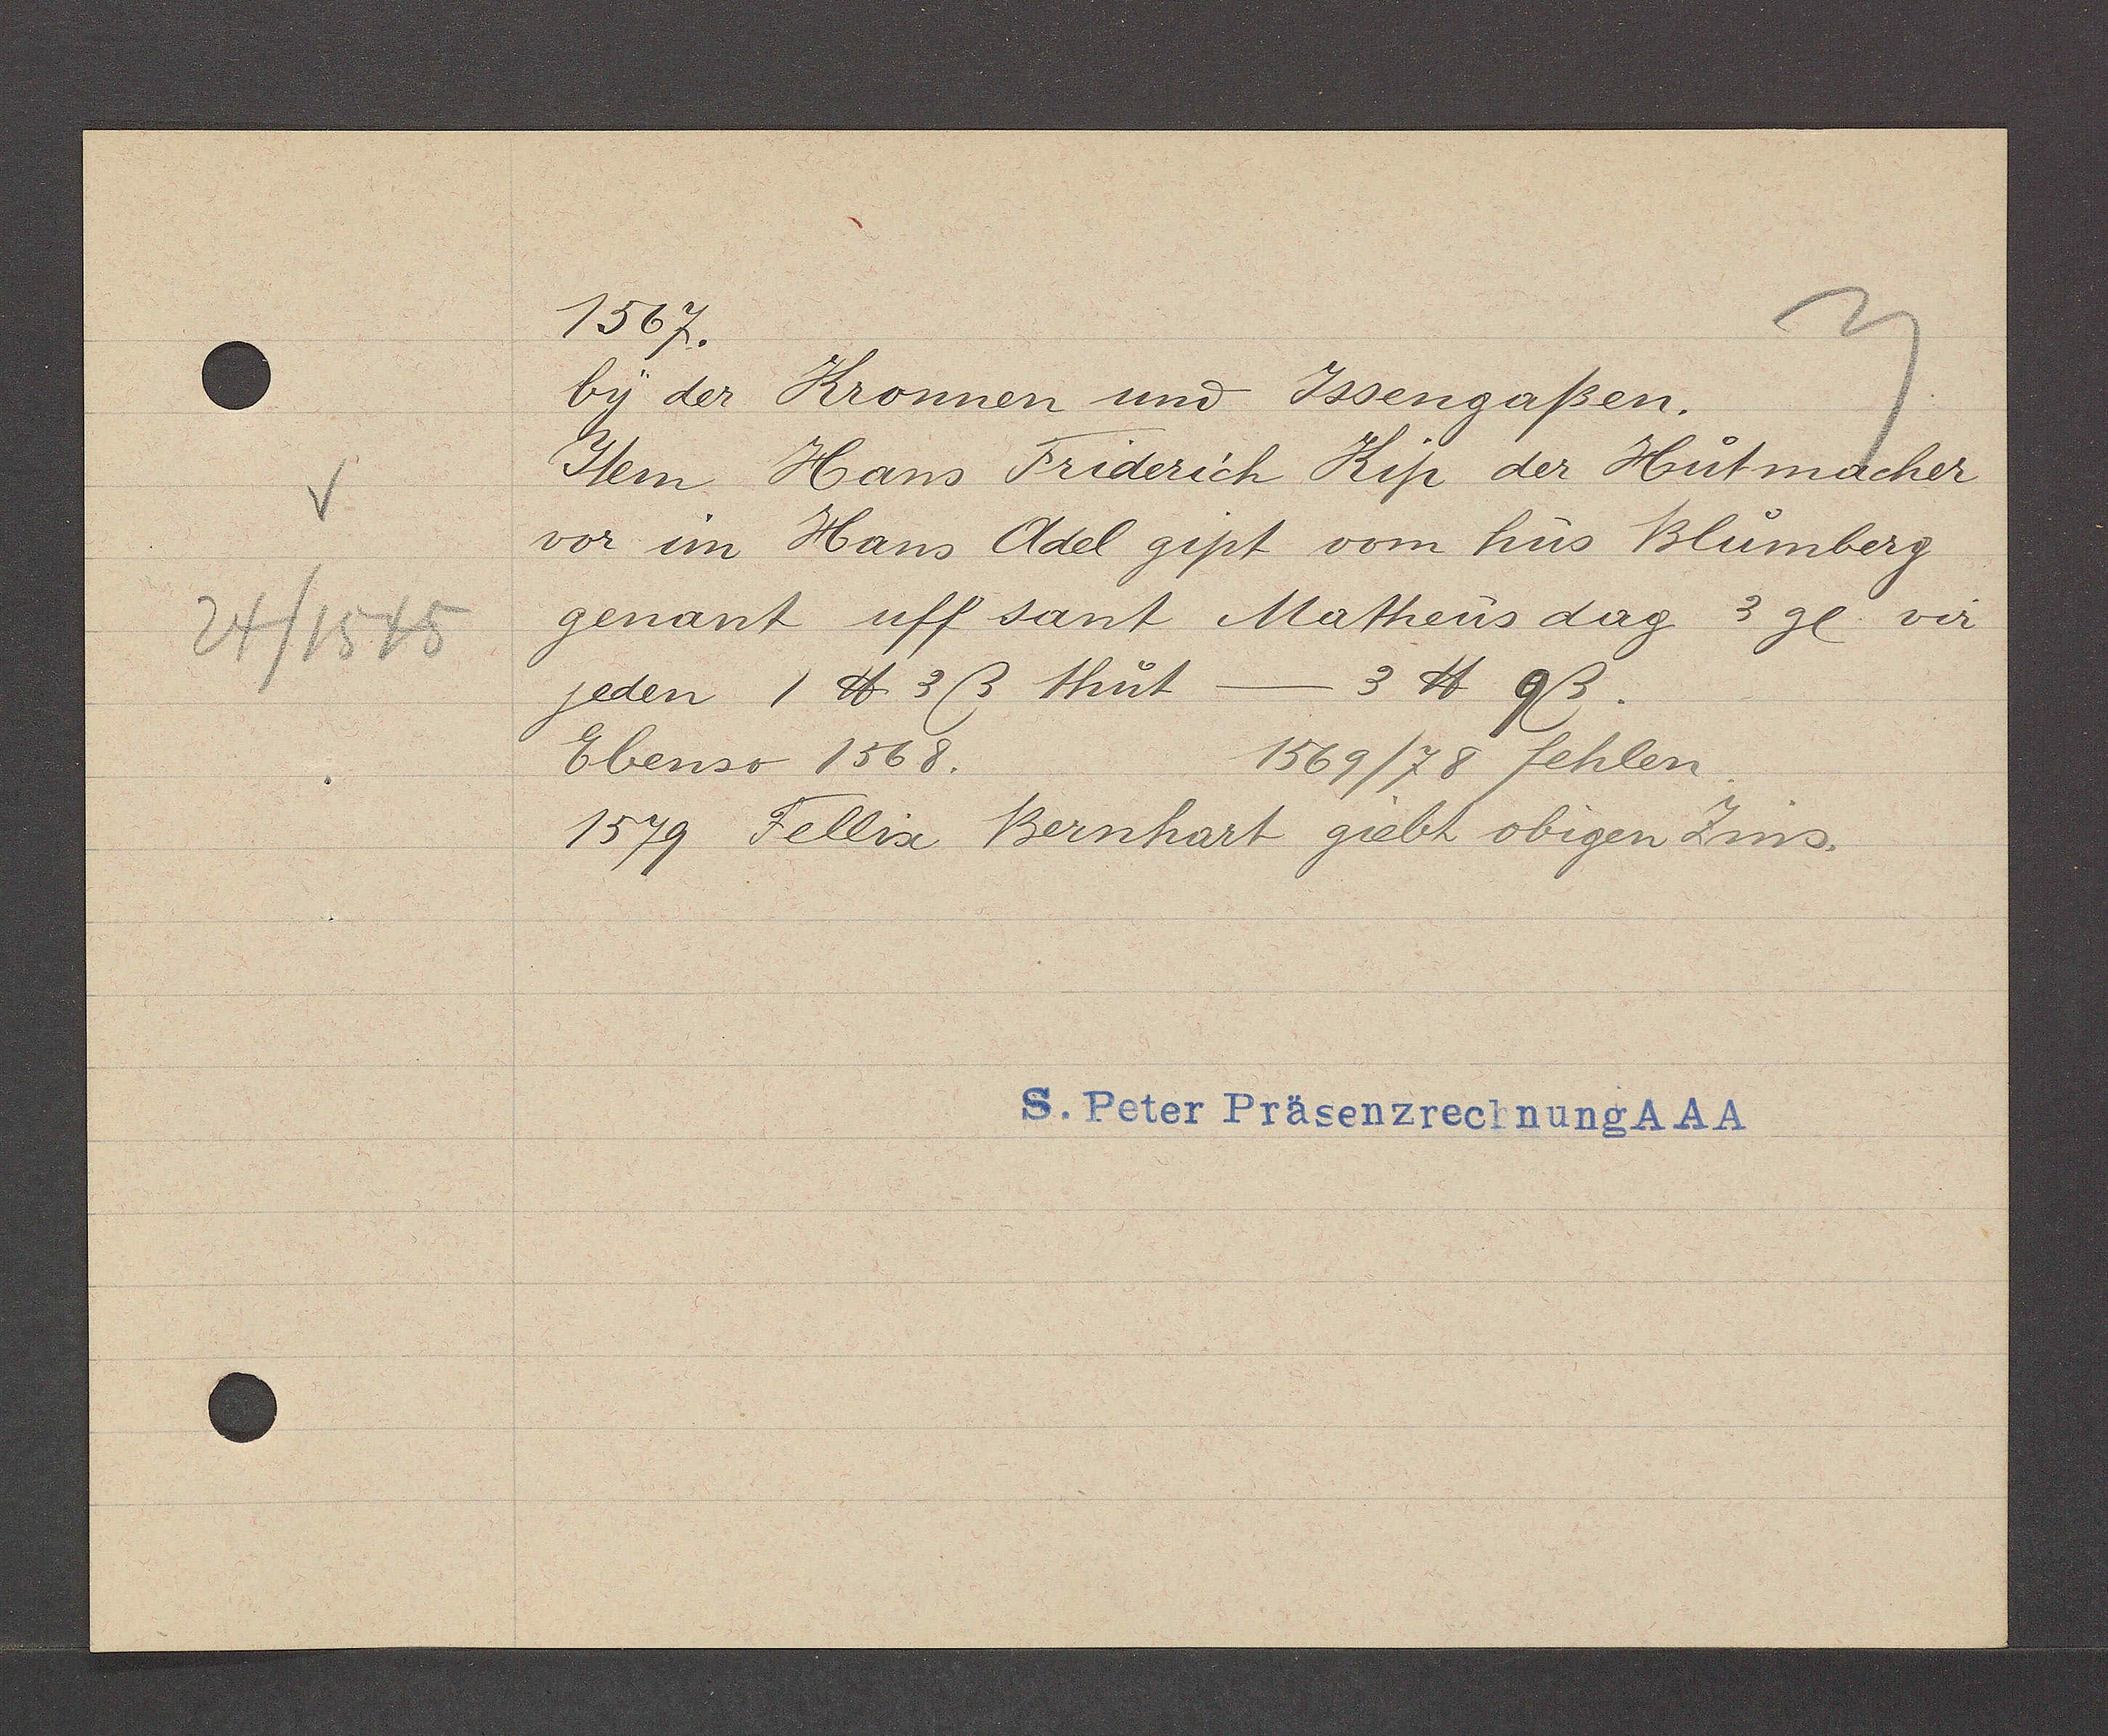
Transcript:
24/1545

1567.
by der Kronnen und Issengaßen.
Item Hans Friderich Kip der Hutmacher
vor im Hans Adel gipt vom hus Blumberg
genant uff sant Matheus dag 3 gl. vir
jeden 1 2℔. 3ß thut    3 ℔ 9ß.
1569/78 fehlen
Ebenso 1568.
1549 Fellix Bernhart giebt obigen Zins.